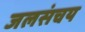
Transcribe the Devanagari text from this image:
जलसंचय